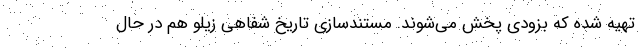
تهیه شده که بزودی پخش می‌شوند. مستندسازیِ تاریخ شفاهی زیلو هم در حال